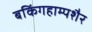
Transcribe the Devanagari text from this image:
बकिंगहाम्पशैर